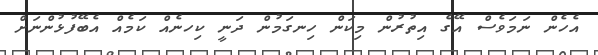
އެހެން ނަމަވެސް އޭގެ އިތުރުން މިކަން ހިނގަމުން ދަނީ ކިހނެއް ކަމެއް އެބޭފުޅުންނަށް